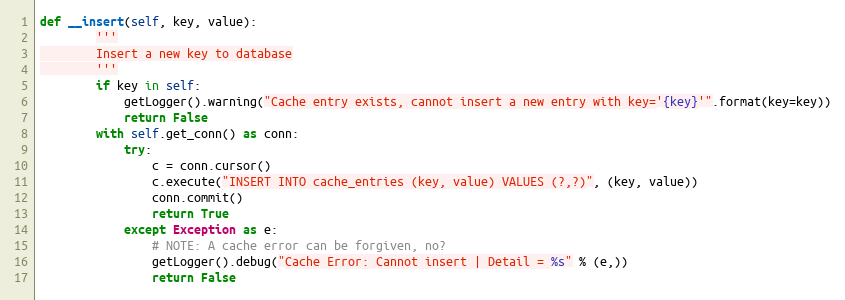
Language: Python
def __insert(self, key, value):
        '''
        Insert a new key to database
        '''
        if key in self:
            getLogger().warning("Cache entry exists, cannot insert a new entry with key='{key}'".format(key=key))
            return False
        with self.get_conn() as conn:
            try:
                c = conn.cursor()
                c.execute("INSERT INTO cache_entries (key, value) VALUES (?,?)", (key, value))
                conn.commit()
                return True
            except Exception as e:
                # NOTE: A cache error can be forgiven, no?
                getLogger().debug("Cache Error: Cannot insert | Detail = %s" % (e,))
                return False